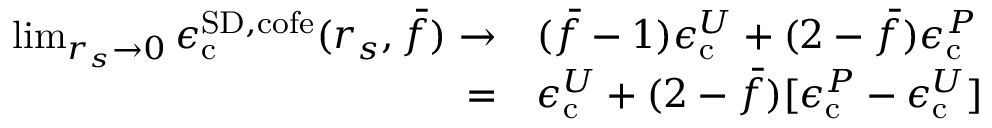
\begin{array} { r l } { \operatorname* { l i m } _ { r _ { s } \to 0 } \epsilon _ { \mathrm { c } } ^ { { \mathrm { S D } } , \mathrm { c o f e } } ( r _ { s } , \bar { f } ) \to } & { ( \bar { f } - 1 ) \epsilon _ { \mathrm { c } } ^ { U } + ( 2 - \bar { f } ) \epsilon _ { \mathrm { c } } ^ { P } } \\ { = } & { \epsilon _ { \mathrm { c } } ^ { U } + ( 2 - \bar { f } ) [ \epsilon _ { \mathrm { c } } ^ { P } - \epsilon _ { \mathrm { c } } ^ { U } ] } \end{array}